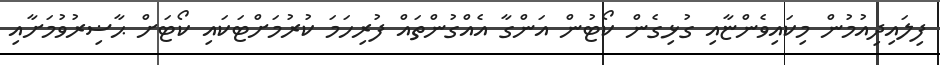
ފިލައިދިއުމުން މިކައިވެންޏާއި ގުޅިގެން ކޯޓުން އަންގާ އެއްގުންތައް ފުރިހަމަ ކުރުމަށްޓަކައި ކޯޓަށް ޙާޟިރުވުމަށާއި